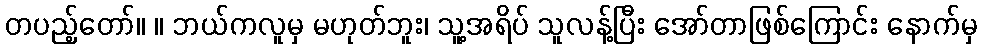
တပည့်တော်။ ။ ဘယ်ကလူမှ မဟုတ်ဘူး၊ သူ့အရိပ် သူလန့်ပြီး အော်တာဖြစ်ကြောင်း နောက်မှ